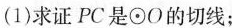
(1)求证PC是⊙O的切线；